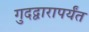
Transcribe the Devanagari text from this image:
गुदद्वारापर्यंत